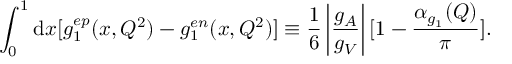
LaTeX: \int _ { 0 } ^ { 1 } { \mathrm { d } x } [ g _ { 1 } ^ { e p } ( x , Q ^ { 2 } ) - g _ { 1 } ^ { e n } ( x , Q ^ { 2 } ) ] \equiv \frac { 1 } { 6 } \left| \frac { g _ { A } } { g _ { V } } \right| [ 1 - \frac { \alpha _ { g _ { 1 } } ( Q ) } { \pi } ] .